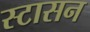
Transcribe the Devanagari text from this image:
स्टासन